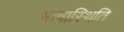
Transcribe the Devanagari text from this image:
भाषास्थिति